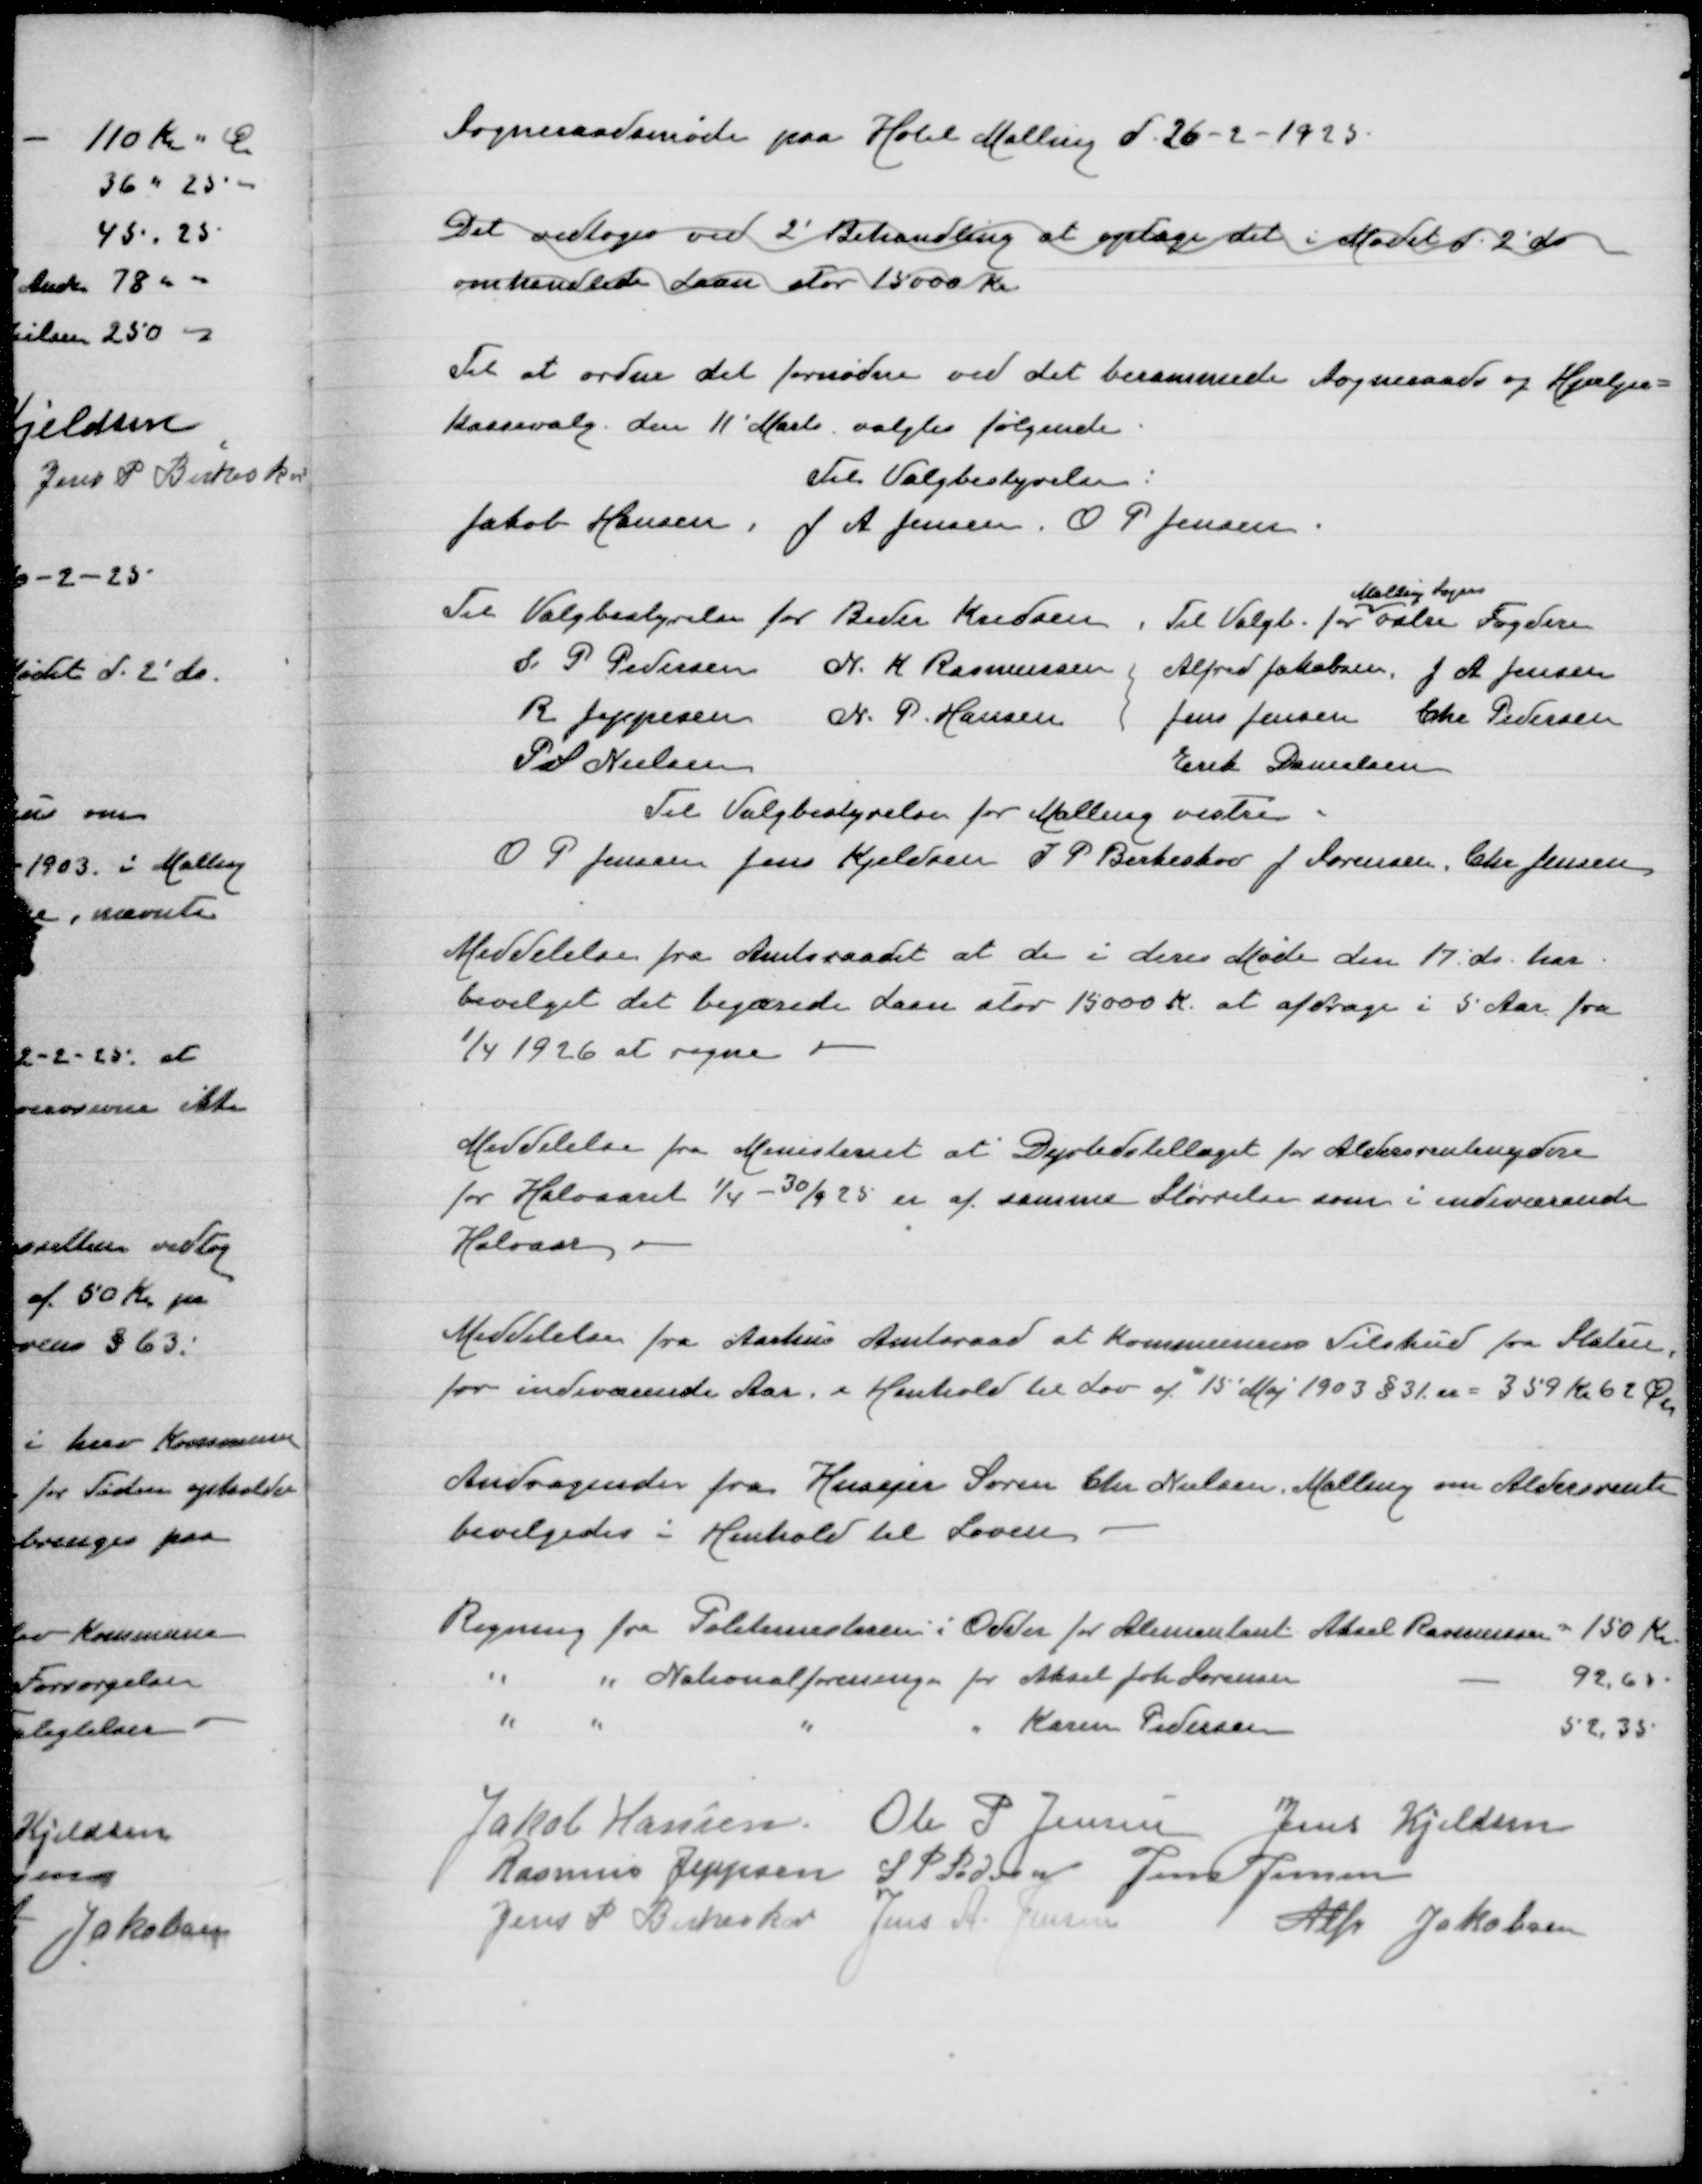
Transskription:
Sogneraadsmøde paa Hotel Malling d 26-2-1925

Det vedtoges ved 2' Behandling at optage det i Mødet d 2 ds
omhandlede Laan stor 15000 Kr

For at ordne det fornødne ved det berammede Sogneraads og Hjælpe=
kassevalg den 11' Marts valgtes følgende:
Til Valgbestyrelsen:
Jakob Hansen, J A Jensen O P Pedersen

Til Valgbestyrelsen for Beder Kredsen
S P Pedersen
N K Rasmussen
R Jeppesen
N P Hansen
P S Nielsen

Malling Sogn
Til Valgb for østre Fogderi
Alfred Jakobsen
J A Jensen
Jens Jensen
Chr Pedersen
Erik Danielsen

Til Valgbestyrelsen for Malling vestre
O P Jensen
Jens Kjeldsen
J P Birkeskov
J Sørensen
Chr Jensen

Meddelelse fra amtsraadet at de i deres Møde den 17 ds har
bevilget det begærede Laan stor 15000 Kr at afdrage i 5 Aar fra
1/4 1926 at regne

Meddelelse fra Miniteriet at Dyrtidstillæget for Aldersrentenydere
for Halvaaret 1/4-30/9 25 er af samme Størrelse som i indeværende
Halvaar

Meddelelse fra Aarhus Amtsraad at Kommunens Tilskud fra Staten
for indeværende Aar i Henhold til Lov af 15 Maj 1903 §31 er = 359 Kr 62 Øre

Andragende fra Husejer Søren Chr Nielsen om Aldersrente
bevilgedes i Henhold til Loven

Regning fra Politimesteren i Odder for Alimentant Aksel Rasmussen
150 Kr
" " Nationalforeningen Aksel Joh Sørensen
92,65
" " " " Karen Pedersen
52,35

Jakob Hansen
Ole P Jensen
Jens Kjeldsen
Rasmus Jeppesen
S P Pedersen
Jens Jensen
Jens P Birkeskov
Jens A Jensen
Alfr Jakobsen